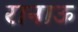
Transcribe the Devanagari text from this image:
रानाऊ